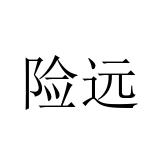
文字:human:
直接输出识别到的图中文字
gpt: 险远